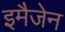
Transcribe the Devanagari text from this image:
इमैजेन